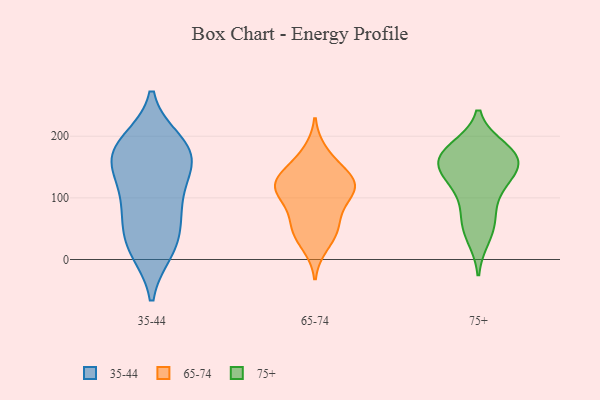
{"axis": {"x": "Tickets Resolved", "y": "Value"}, "legend": ["35-44", "65-74", "75+"], "data": [{"x": "", "y": 190, "type": "35-44"}, {"x": "", "y": 148, "type": "35-44"}, {"x": "", "y": 181, "type": "35-44"}, {"x": "", "y": 24, "type": "35-44"}, {"x": "", "y": 83, "type": "35-44"}, {"x": "", "y": 16, "type": "35-44"}, {"x": "", "y": 25, "type": "35-44"}, {"x": "", "y": 67, "type": "35-44"}, {"x": "", "y": 169, "type": "35-44"}, {"x": "", "y": 130, "type": "35-44"}, {"x": "", "y": 164, "type": "35-44"}, {"x": "", "y": 94, "type": "35-44"}, {"x": "", "y": 179, "type": "35-44"}, {"x": "", "y": 23, "type": "65-74"}, {"x": "", "y": 115, "type": "65-74"}, {"x": "", "y": 53, "type": "65-74"}, {"x": "", "y": 126, "type": "65-74"}, {"x": "", "y": 122, "type": "65-74"}, {"x": "", "y": 97, "type": "65-74"}, {"x": "", "y": 132, "type": "65-74"}, {"x": "", "y": 116, "type": "65-74"}, {"x": "", "y": 124, "type": "65-74"}, {"x": "", "y": 45, "type": "65-74"}, {"x": "", "y": 155, "type": "65-74"}, {"x": "", "y": 174, "type": "65-74"}, {"x": "", "y": 52, "type": "65-74"}, {"x": "", "y": 85, "type": "65-74"}, {"x": "", "y": 162, "type": "75+"}, {"x": "", "y": 170, "type": "75+"}, {"x": "", "y": 121, "type": "75+"}, {"x": "", "y": 117, "type": "75+"}, {"x": "", "y": 166, "type": "75+"}, {"x": "", "y": 37, "type": "75+"}, {"x": "", "y": 179, "type": "75+"}, {"x": "", "y": 146, "type": "75+"}, {"x": "", "y": 72, "type": "75+"}, {"x": "", "y": 147, "type": "75+"}, {"x": "", "y": 58, "type": "75+"}, {"x": "", "y": 170, "type": "75+"}]}